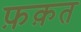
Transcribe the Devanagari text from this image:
फ़क़त